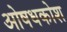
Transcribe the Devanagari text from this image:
ओषधकोश